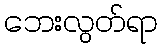
ဘေးလွတ်ရာ